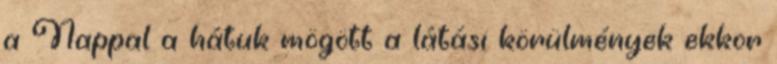
a Nappal a hátuk mögött a látási körülmények ekkor